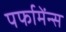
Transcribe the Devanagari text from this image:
पर्फामेंन्स